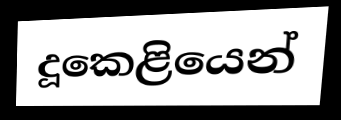
දූකෙළියෙන්